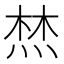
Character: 㷊